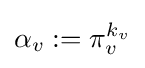
\alpha _{v}:=\pi _{v}^{k_{v}}